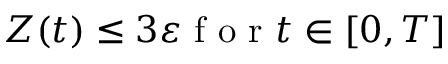
Z ( t ) \le 3 \varepsilon \mathrm { ~ f ~ o ~ r ~ } t \in [ 0 , T ]